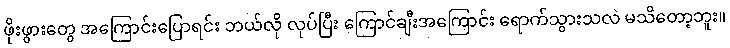
ဖိုးဖွားတွေ အကြောင်းပြောရင်း ဘယ်လို လုပ်ပြီး ကြောင်ချီးအကြောင်း ရောက်သွားသလဲ မသိတော့ဘူး။